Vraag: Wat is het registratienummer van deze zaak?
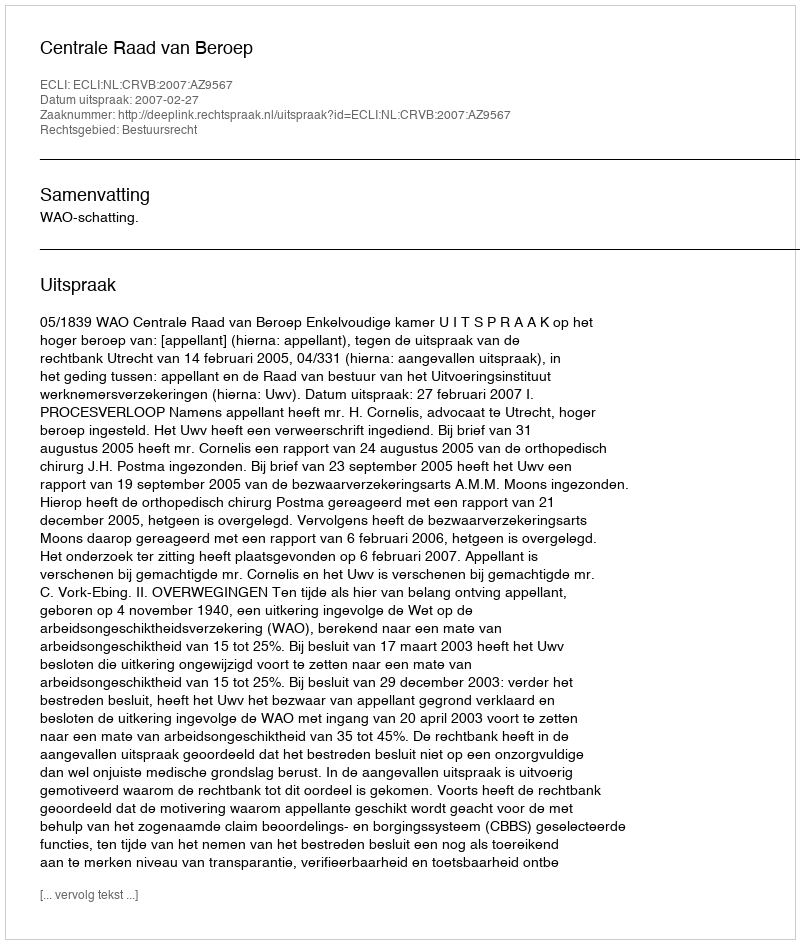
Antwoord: http://deeplink.rechtspraak.nl/uitspraak?id=ECLI:NL:CRVB:2007:AZ9567